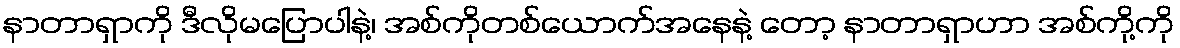
နာတာရှာကို ဒီလိုမပြောပါနဲ့၊ အစ်ကိုတစ်ယောက်အနေနဲ့ တော့ နာတာရှာဟာ အစ်ကို့ကို